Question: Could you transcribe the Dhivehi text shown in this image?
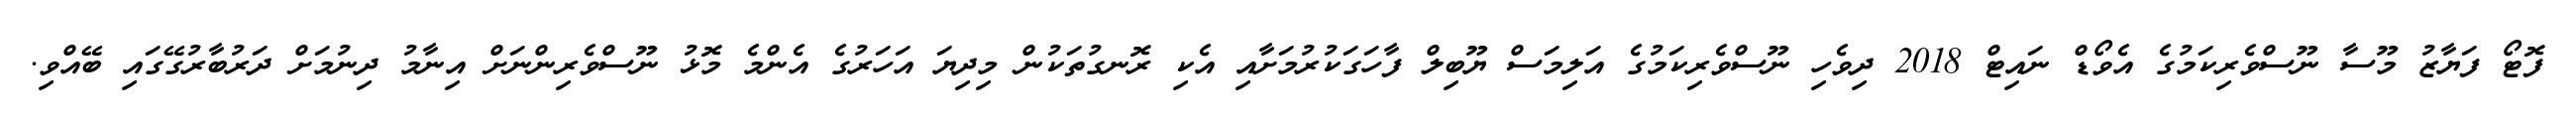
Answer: ފޮޓޯ ފަޔާޒު މޫސާ ނޫސްވެރިކަމުގެ އެވޯޑް ނައިޓް 2018 ދިވެހި ނޫސްވެރިކަމުގެ އަލިމަސް ޔޫބިލް ފާހަގަކުރުމަށާއި އެކި ރޮނގުތަކުން މިދިޔަ އަހަރުގެ އެންމެ މޮޅު ނޫސްވެރިންނަށް އިނާމު ދިނުމަށް ދަރުބާރުގޭގައި ބޭއްވި.